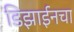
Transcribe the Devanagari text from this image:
डिझाईनचा